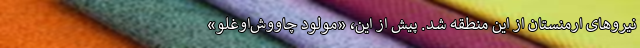
نیروهای ارمنستان از این منطقه شد. پیش از این، «مولود چاووش‌اوغلو»